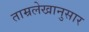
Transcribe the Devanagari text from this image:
ताम्रलेखानुसार